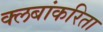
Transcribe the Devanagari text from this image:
क्लबांकरिता